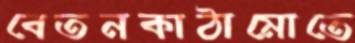
বেতনকাঠামোতে